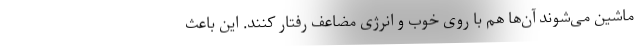
ماشین می‌شوند آن‌ها هم با روی خوب و انرژی مضاعف رفتار کنند. این باعث